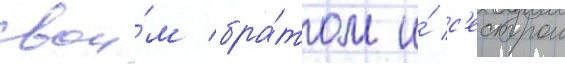
свои́м бра́том и́ с'естрои